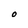
Character: O